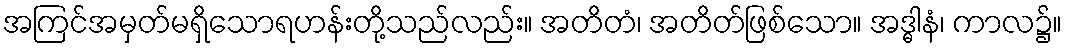
အကြင်အမှတ်မရှိသောရဟန်းတို့သည်လည်း။ အတိတံ၊ အတိတ်ဖြစ်သော။ အဒ္ဓါနံ၊ ကာလ၌။